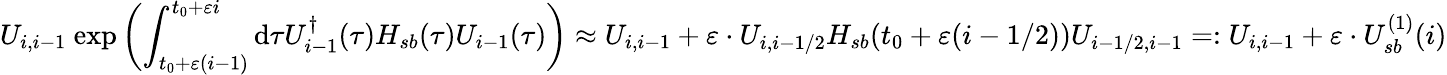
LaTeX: U_{i,i-1}~\mathrm{exp}\left(\int_{t_{0}+\varepsilon(i-1)}^{t_{0}+\varepsilon i}\mathrm{d}\tau U_{i-1}^{\dagger}(\tau)H_{sb}(\tau)U_{i-1}(\tau)\right)\approx U_{i,i-1}+\varepsilon\cdot U_{i,i-1/2}H_{sb}(t_{0}+\varepsilon(i-1/2))U_{i-1/2,i-1}=:U_{i,i-1}+\varepsilon\cdot U_{sb}^{(1)}(i)